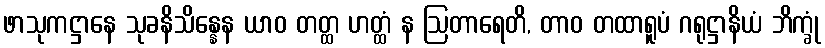
ဖာသုကဋ္ဌာနေ သုခနိသိန္နေန ယာဝ တတ္ထ ဟတ္ထံ န ဩတာရေတိ, တာဝ တထာရူပံ ဂရုဋ္ဌာနိယံ ဘိက္ခုံ